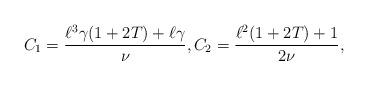
LaTeX: \begin{align*} C_1 = \frac{\ell^3 \gamma (1+2T) + \ell \gamma}{\nu}, C_2 = \frac{\ell^2 (1+2T) +1}{2 \nu}, \end{align*}